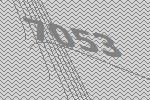
7053